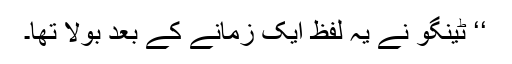
‘‘ ٹینگو نے یہ لفظ ایک زمانے کے بعد بولا تھا۔